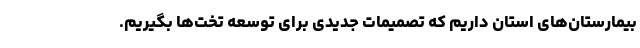
بیمارستان‌های استان داریم که تصمیمات جدیدی برای توسعه تخت‌ها بگیریم.